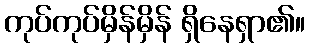
ကုပ်ကုပ်မှိန်မှိန် ရှိနေရှာ၏။